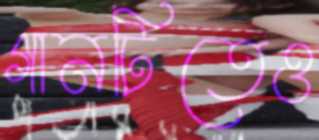
গানটিতেও